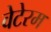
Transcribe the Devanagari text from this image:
वेटेरम